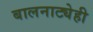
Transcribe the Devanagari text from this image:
बालनाट्येही